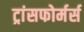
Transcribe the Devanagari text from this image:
ट्रांसफोर्मर्स